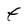
Character: t